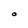
Character: O